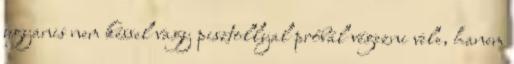
ugyanis nem késsel vagy pisztollyal próbál végezni vele, hanem